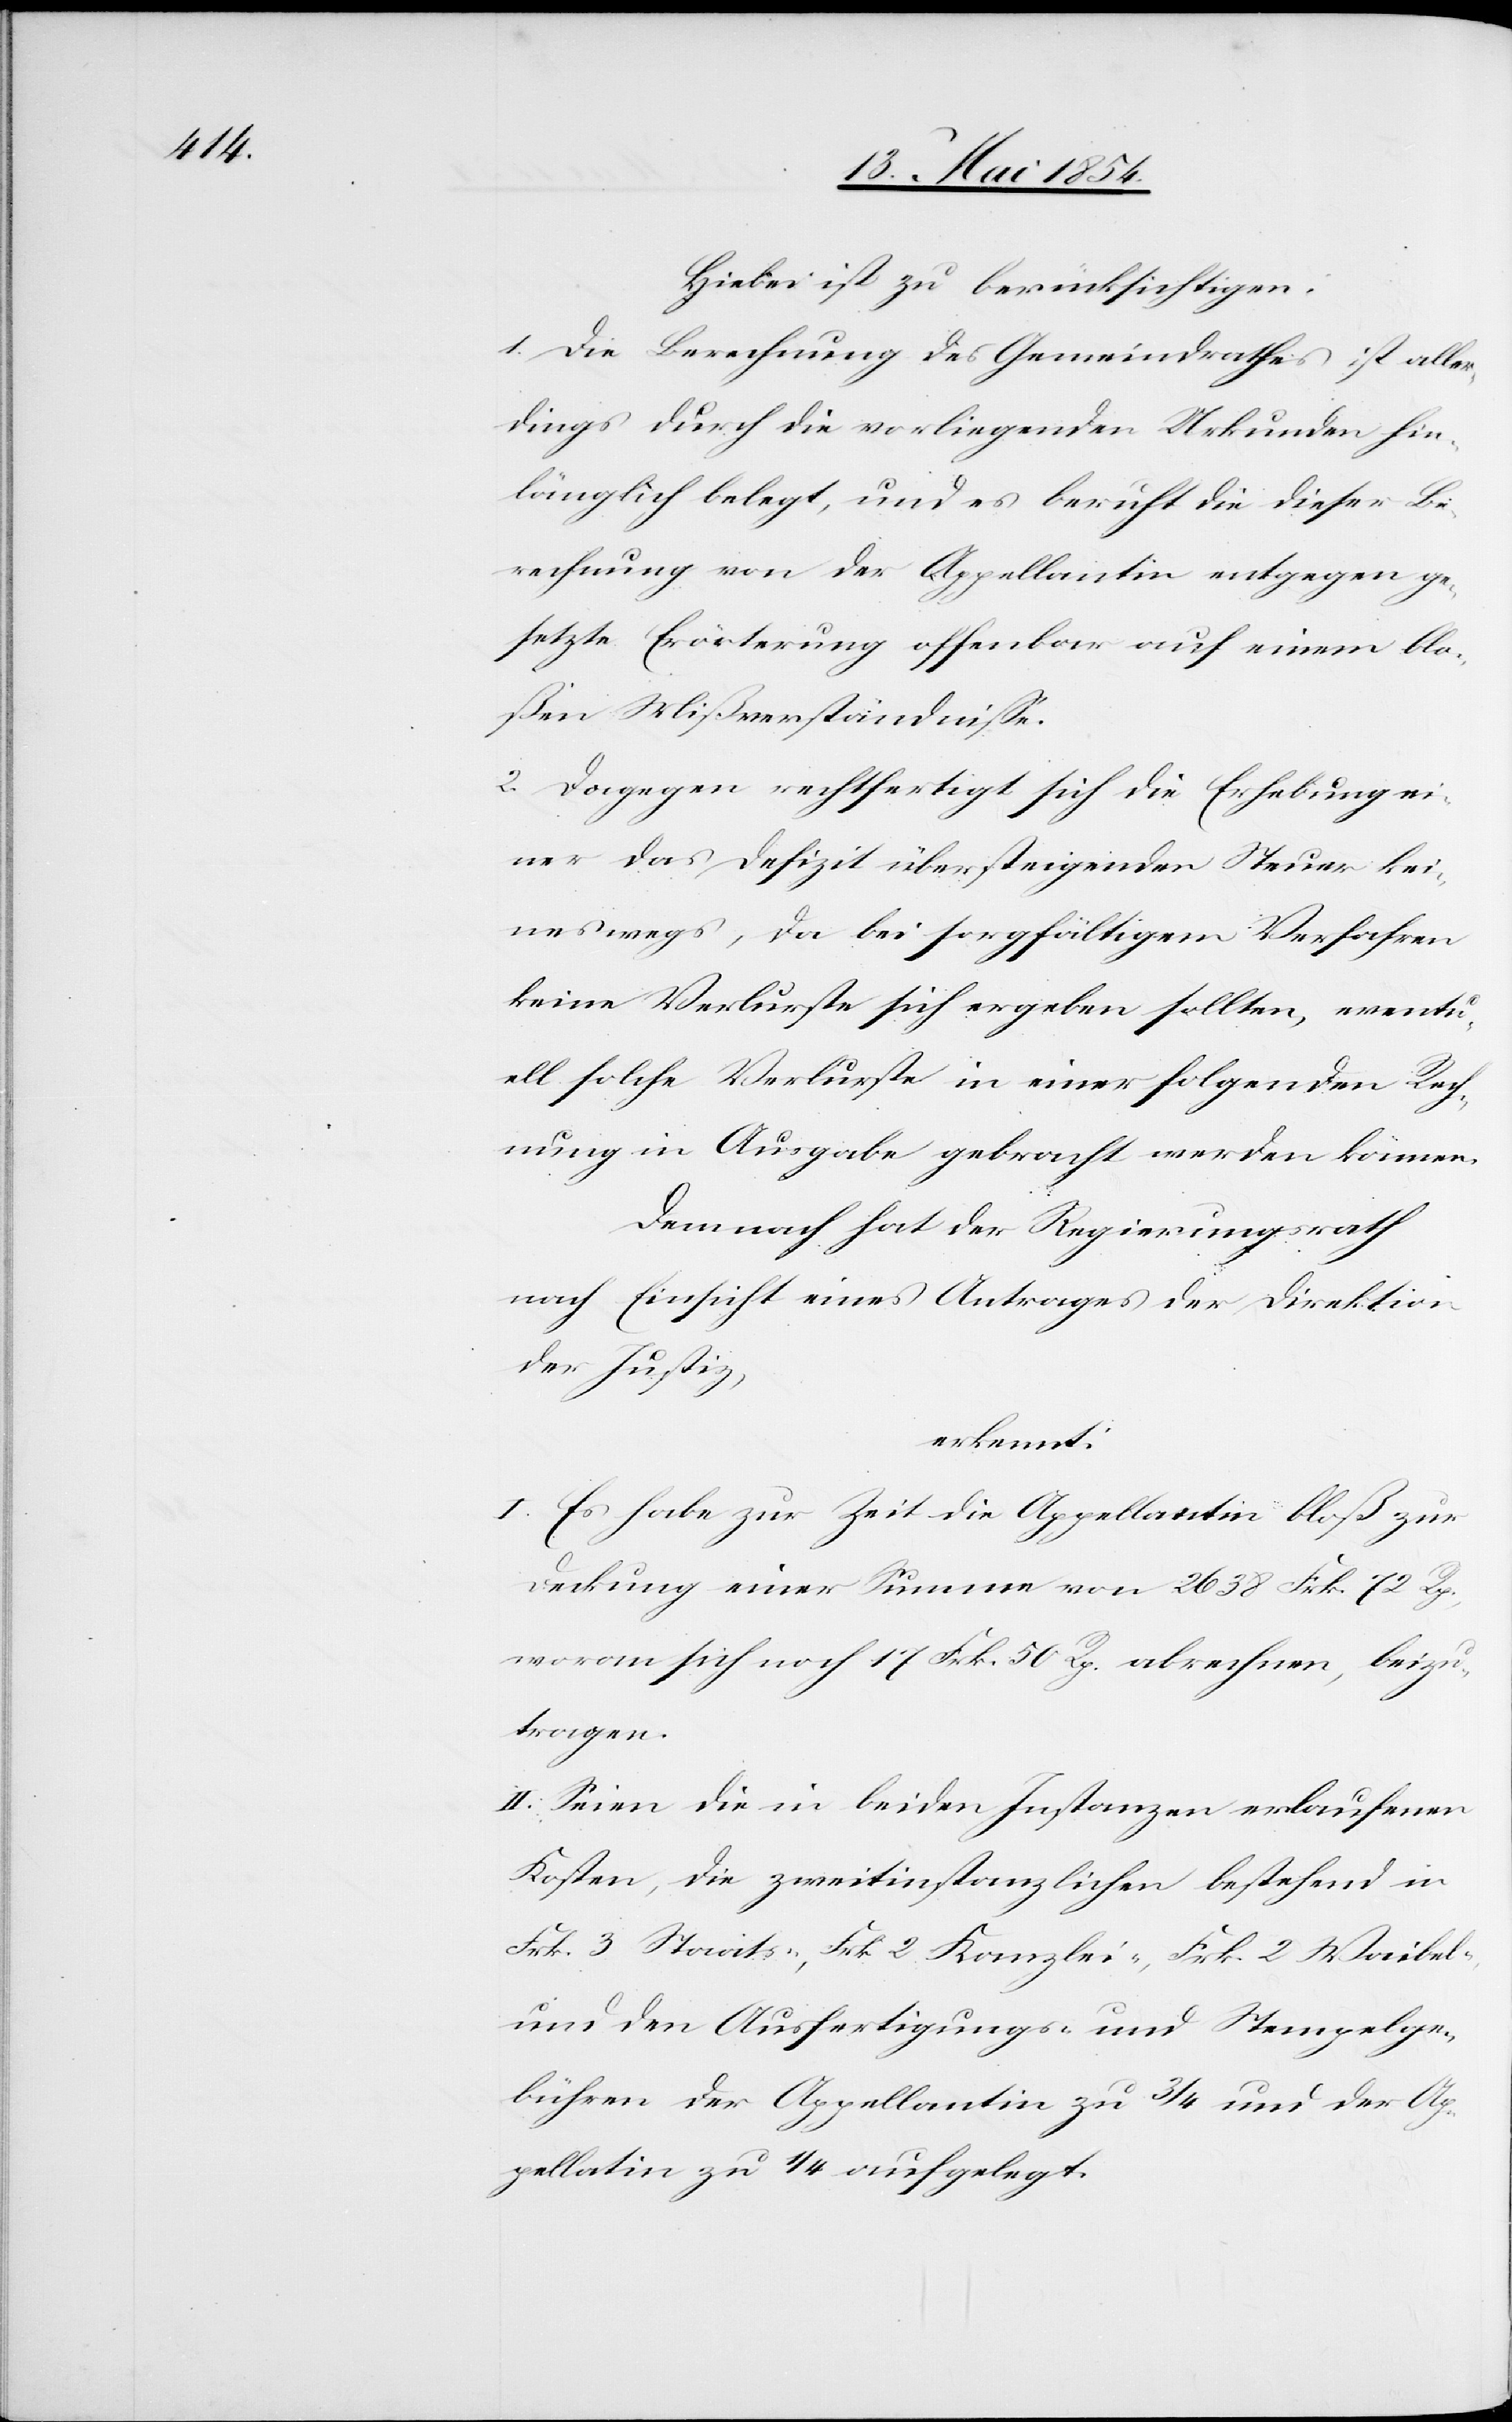
Hiebei ist zu berücksichtigen:
1. Die Berechnung des Gemeindrathes ist aller¬
dings durch die vorliegenden Urkunden hin¬
länglich belegt, und es beruht die dieser Be¬
rechnung von der Appellantin entgegen ge¬
setzte Erörterung offenbar auf einem blo¬
ßen Mißverständniße.
2. Dagegen rechtfertigt sich die Erhebung ei¬
ner das Defizit übersteigenden Steuer kei¬
neswegs, da bei sorgfältigem Verfahren
keine Verlurste sich ergeben sollten, eventu¬
ell solche Verlurste in einer folgenden Rech¬
nung in Ausgabe gebracht werden können.
Demnach hat der Regierungsrath
nach Einsicht eines Antrages der Direktion
der Justiz,
erkennt:
I. Es habe zur Zeit die Appellantin bloß zur
Deckung einer Summe von 2638 Frk. 72 Rp.,
wovon sich noch 17 Frk. 50 Rp. abrechnen, beizu¬
tragen.
II. Seien die in beiden Instanzen erlaufenen
Kosten, die zweitinstanzlichen bestehend in
Frk. 3 Staats-, Frk. 2 Kanzlei-, Frk. 2 Waibel-
und den Ausfertigungs- und Stempelge¬
bühren der Appellantin zu 3/4 und der Ap¬
pellatin zu 1/4 auferlegt.